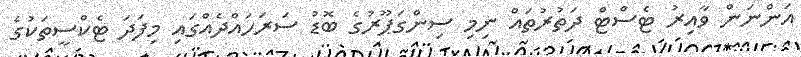
އަންނަން ވާއިރު ޓެސްޓް ދަތުރުތައް ނިމި ސިންގަޕޫރުގެ ބޮޑު ސަރަހައްދެއްގައި މިފަދަ ޓެކްސީތަކުގެ